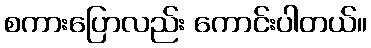
စကားပြောလည်း ကောင်းပါတယ်။